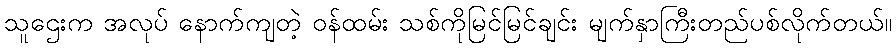
သူဌေးက အလုပ် နောက်ကျတဲ့ ဝန်ထမ်း သစ်ကိုမြင်မြင်ချင်း မျက်နှာကြီးတည်ပစ်လိုက်တယ်။